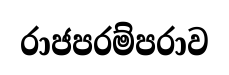
රාජපරම්පරාව